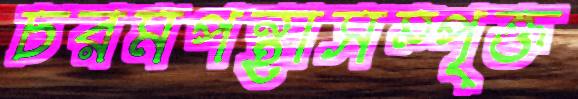
চরমপন্থাসম্পৃক্ত